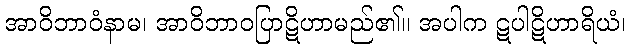
အာဝိဘာဝံနာမ၊ အာဝိဘာဝပြာဋိဟာမည်၏။ အပါက ဋပါဋိဟာရိယံ၊